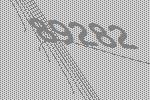
89282